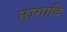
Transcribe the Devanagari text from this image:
छागादि